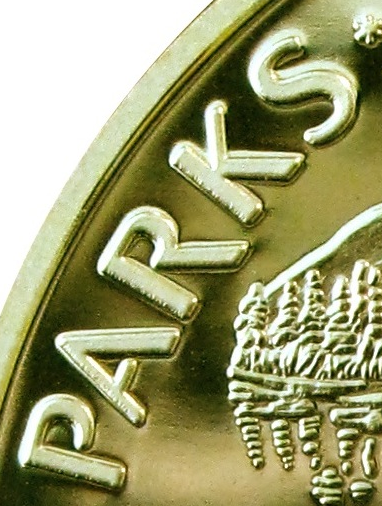
PARKS